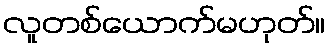
လူတစ်ယောက်မဟုတ်။